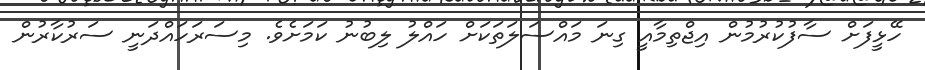
ހޭޅީފަށް ސާފުކުރުމުން އިޖްތިމާއީ ގިނަ މައްސަލަތަކަށް ހައްލު ލިބުނު ކަމަށެވެ. މިސަރަހައްދަނީ ސަރުކާރުން